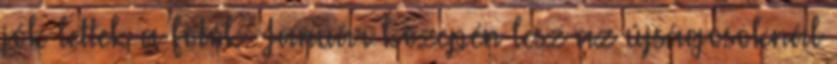
jók lettek a fotók. Január közepén lesz az újságosoknál